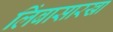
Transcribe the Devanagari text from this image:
लिंबासारखा